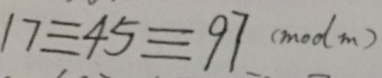
1 7 \equiv 4 5 \equiv 9 7 ( m o d m )